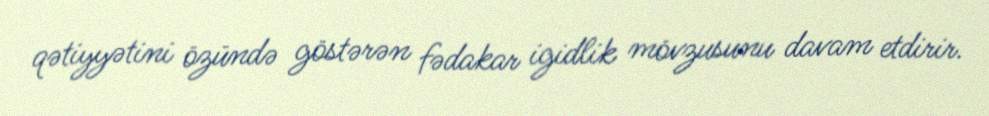
qətiyyətini özündə göstərən fədakar igidlik mövzusunu davam etdirir.